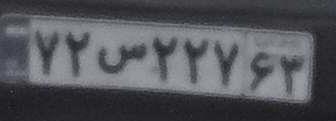
۷۲س۲۲۷۶۳